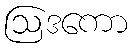
ဩဒကော